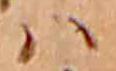
ハ